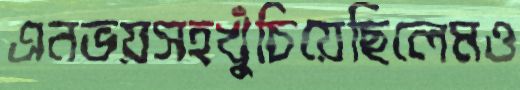
এনভয়সহখুঁচিয়েছিলেমও